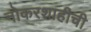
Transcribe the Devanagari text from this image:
नोकरशाहीची